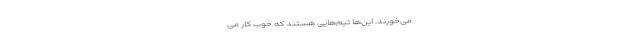
می‌خورند. این‌ها تیم‌هایی هستند که خوب کار می‌‌‌‌‌‌‌‌‌‌‌‌‌‌‌‌‌‌‌‌